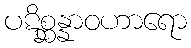
ပဋိစ္ဆန္နာဝဟာရော